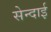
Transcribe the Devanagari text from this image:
सेन्दाई